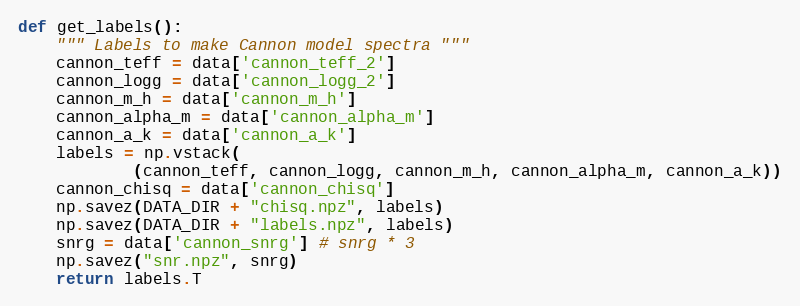
Language: Python
def get_labels():
    """ Labels to make Cannon model spectra """
    cannon_teff = data['cannon_teff_2']
    cannon_logg = data['cannon_logg_2']
    cannon_m_h = data['cannon_m_h']
    cannon_alpha_m = data['cannon_alpha_m']
    cannon_a_k = data['cannon_a_k']
    labels = np.vstack(
            (cannon_teff, cannon_logg, cannon_m_h, cannon_alpha_m, cannon_a_k))
    cannon_chisq = data['cannon_chisq']
    np.savez(DATA_DIR + "chisq.npz", labels)
    np.savez(DATA_DIR + "labels.npz", labels)
    snrg = data['cannon_snrg'] # snrg * 3
    np.savez("snr.npz", snrg)
    return labels.T